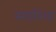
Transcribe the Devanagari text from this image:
स्मारिक